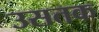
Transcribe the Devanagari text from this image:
उसतक